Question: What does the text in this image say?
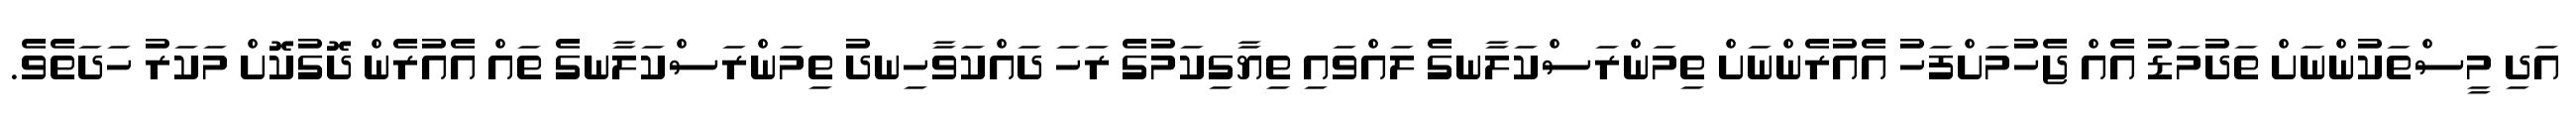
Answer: އަދި މީސްތަކުންނަށް ތަދުމަޑު އެއް ޖެހުމަށްފަހު އެއުރެންނަށް ތިމަންރަސްކަލާނގެ ލައްވައި ތިޔާގިކަމުގެ ރަހަ ދައްކަވާހިނދު ތިމަންރަސްކަލާނގެ ތައް އެއުރެން ދޮގުކޮށް މަކަރު ހަދަތެވެ.